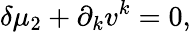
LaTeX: \delta\mu_{2}+\partial_{k}v^{k}=0,